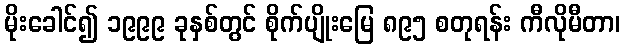
မိုးခေါင်၍ ၁၉၉၉ ခုနှစ်တွင် စိုက်ပျိုးမြေ ၈၉၅ စတုရန်း ကီလိုမီတာ၊